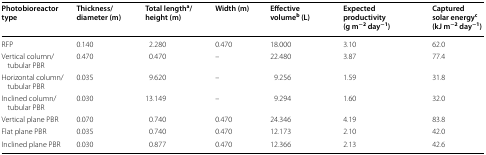
| Photobioreactor type | Thickness/diameter (m) | Total lengtha/height (m) | Width (m) | Effective volumeb (L) | Expected productivity (g m−2 day−1) | Captured solar energyc (kJ m−2 day−1) |
 | --- | --- | --- | --- | --- | --- | --- |
 | RFP | 0.140 | 2.280 | 0.470 | 18.000 | 3.10 | 62.0 |
 | Vertical column/tubular PBR | 0.470 | 0.470 | – | 22.480 | 3.87 | 77.4 |
 | Horizontal column/tubular PBR | 0.035 | 9.620 | – | 9.256 | 1.59 | 31.8 |
 | Inclined column/tubular PBR | 0.030 | 13.149 | – | 9.294 | 1.60 | 32.0 |
 | Vertical plane PBR | 0.070 | 0.740 | 0.470 | 24.346 | 4.19 | 83.8 |
 | Flat plane PBR | 0.035 | 0.740 | 0.470 | 12.173 | 2.10 | 42.0 |
 | Inclined plane PBR | 0.030 | 0.877 | 0.470 | 12.366 | 2.13 | 42.6 |